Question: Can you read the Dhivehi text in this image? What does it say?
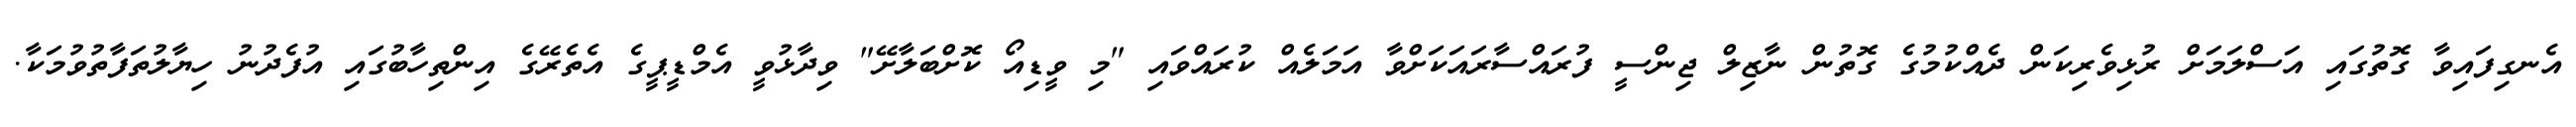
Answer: އެނގިފައިވާ ގޮތުގައި އަސްލަމަށް ރުޅިވެރިކަން ދެއްކުމުގެ ގޮތުން ނާޒިލް ޖިންސީ ފުރައްސާރައަކަށްވާ އަމަލެއް ކުރައްވައި "މި ވީޑިއޯ ކޮށްބަލާށޭ" ވިދާޅުވީ އެމްޑީޕީގެ އެތެރޭގެ އިންތިހާބުގައި އުފެދުނު ހިޔާލުތަފާތުވުމަކާ.